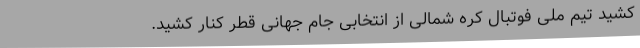
کشید تیم ملی فوتبال کره شمالی از انتخابی جام جهانی قطر کنار کشید.